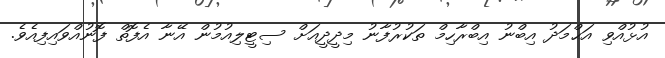
އުޅުއްވި އަޙްމަދު އިބްނު އިބްރާހިމް ތަކުރުފާނު މިދީދީއަށް ސިޓީލިއުމުން އޭނާ އެފޮތް ފޮނުއްވައިފިއެވެ.